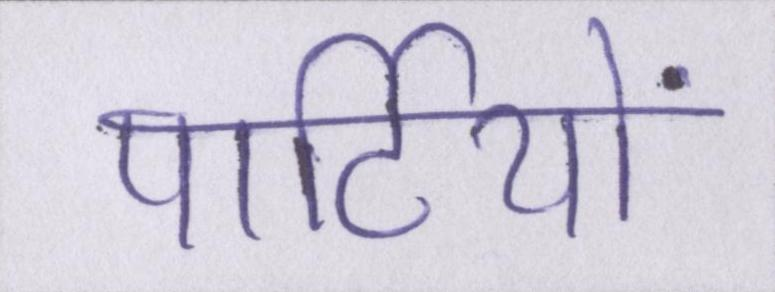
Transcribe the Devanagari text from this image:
पार्टियों